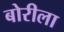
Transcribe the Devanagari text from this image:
बोरीला